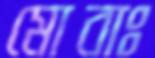
মোবাঃ